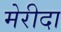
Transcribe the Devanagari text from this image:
मेरीदा